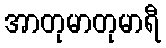
အာတုမာတုမာရီ